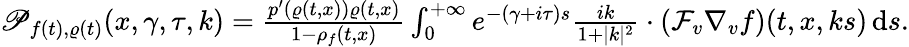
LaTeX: \begin{array}{r}{\mathscr{P}_{f(t),\varrho(t)}(x,\gamma,\tau,k)=\frac{p^{\prime}(\varrho(t,x))\varrho(t,x)}{1-\rho_{f}(t,x)}\int_{0}^{+\infty}e^{-(\gamma+i\tau)s}\frac{ik}{1+\vert k\vert^{2}}\cdot\left(\mathcal{F}_{v}\nabla_{v}f\right)(t,x,ks)\, \mathrm{d}s.}\end{array}